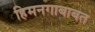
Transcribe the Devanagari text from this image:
हिमनगाबाबत